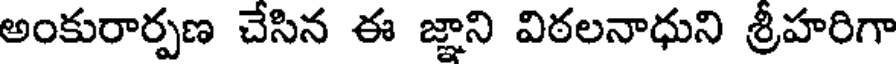
అంకురార్పణ చేసిన ఈ జ్ఞాని విఠలనాధుని శ్రీహరిగా